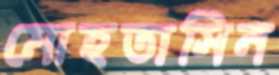
মোহতাসিন